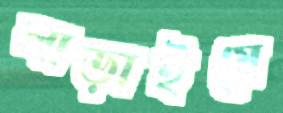
লাড়াইয়ে